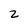
Character: 2